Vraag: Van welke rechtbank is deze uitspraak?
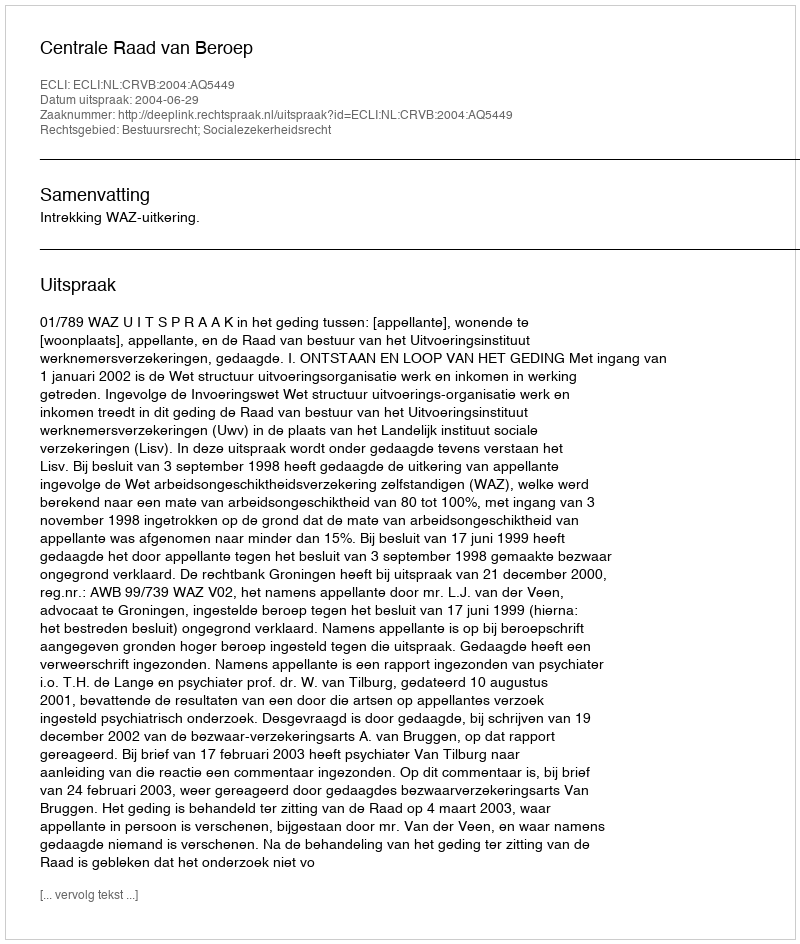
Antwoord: Centrale Raad van Beroep